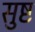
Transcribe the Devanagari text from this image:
सुष्ट